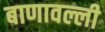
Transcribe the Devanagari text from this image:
बाणावल्ली